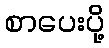
စာပေးပို့